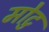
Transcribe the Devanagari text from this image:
मोटु